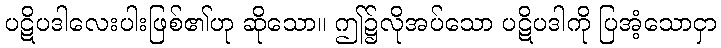
ပဋိပဒါလေးပါးဖြစ်၏ဟု ဆိုသော။ ဤ၌လိုအပ်သော ပဋိပဒါကို ပြအံ့သောငှာ